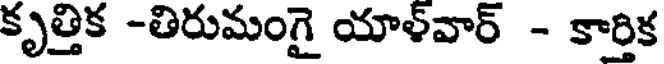
కృత్తిక -తిరుమంగై యాళ్వార్ - కార్తిక